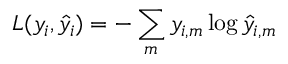
L ( y _ { i } , \hat { y } _ { i } ) = - \sum _ { m } y _ { i , m } \log \hat { y } _ { i , m }